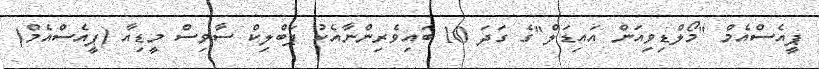
ޕީއެސްއެމް "މޯލްޑިވިއަން އައިޑަލް"ގެ ގަދަ 10 ބައިވެރިންނާއެކު ޕަބްލިކް ސާވިސް މީޑިއާ (ޕީއެސްއެމް)